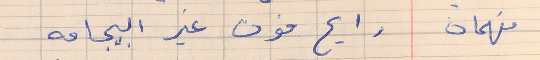
فهمان    رايح فوت غير البيجامه